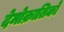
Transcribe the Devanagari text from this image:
देमोक्रातिको